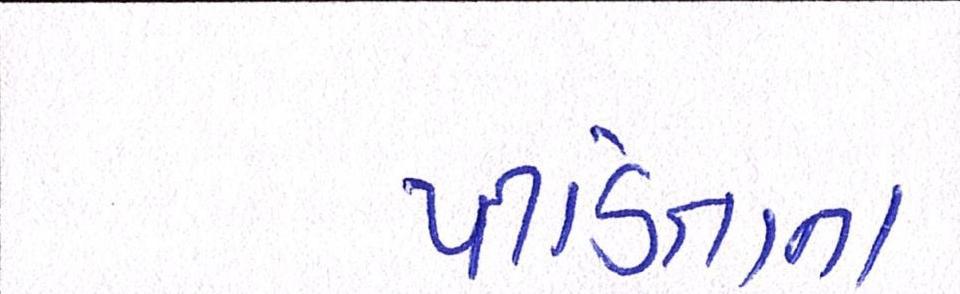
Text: પીડિતાના